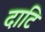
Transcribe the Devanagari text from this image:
दाटि